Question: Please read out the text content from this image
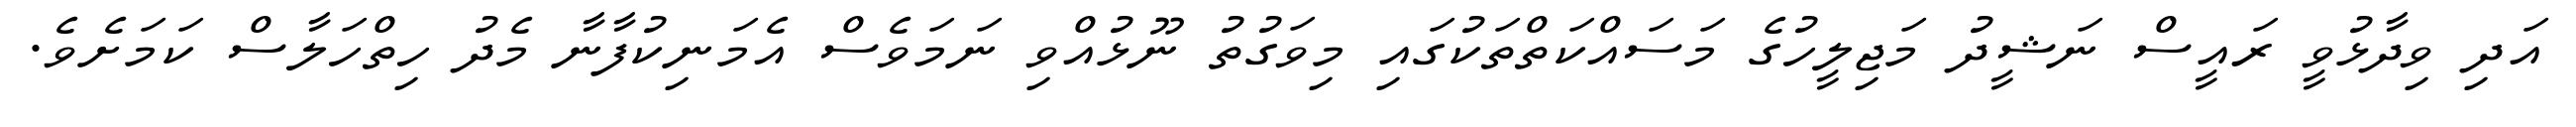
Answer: އަދި ވިދާޅުވީ ރައީސް ނަޝީދު މަޖިލީހުގެ މަސައްކަތްތަކުގައި މިވަގުތު ނޫޅުއްވި ނަމަވެސް އެމަނިކުފާނާ މެދު ހިތްހަލާސް ކަމަށެވެ.